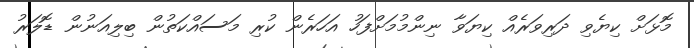
މޮޅަށް ކިޔެވި ދަރިވަރެއް ކިޔަވާ ނިންމުމަށްފަހު އަހަރެން ކުރި މަސައްކަތުން ބިލިއަނުން ޑޮލަރު